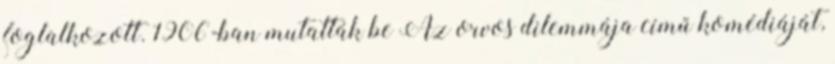
foglalkozott. 1906-ban mutatták be Az orvos dilemmája című komédiáját,